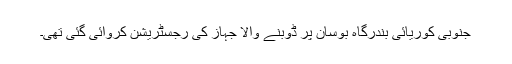
جنوبی کوریائی بندرگاہ بوسان پر ڈوبنے والا جہاز کی رجسٹریشن کروائی گئی تھی۔